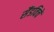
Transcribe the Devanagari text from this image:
सैंडविचें